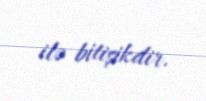
ilə bitişikdir.